Insane asylums Bombay 1873-77 - 1873-1877
Year: 1873
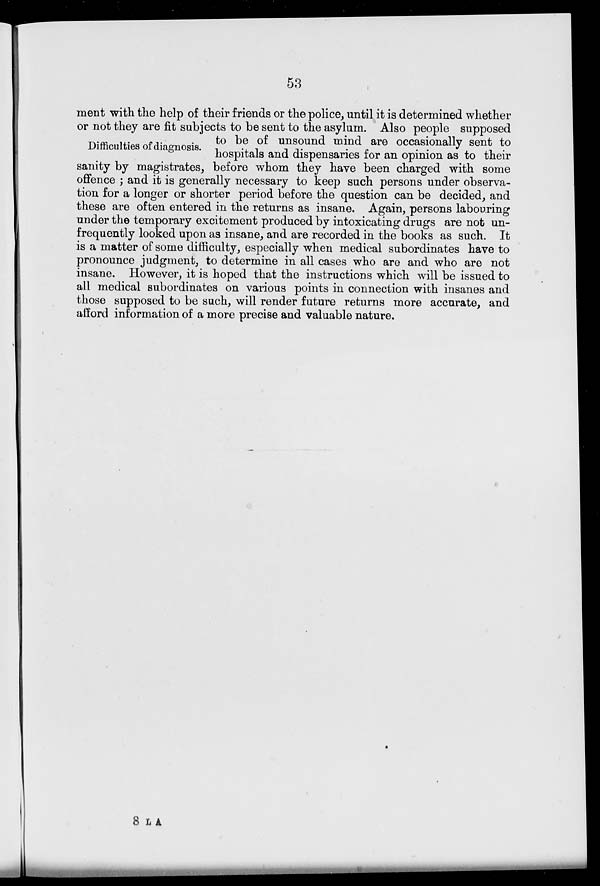
53
Difficulties of diagnosis.
ment with the help of their friends or the police, until it is determined whether
or not they are fit subjects to be sent to the asylum. Also people supposed
to be of unsound mind are occasionally sent to
hospitals and dispensaries for an opinion as to their
sanity by magistrates, before whom they have been charged with some
offence; and it is generally necessary to keep such persons under observa-
tion for a longer or shorter period before the question can be decided, and
these are often entered in the returns as insane. Again, persons labouring
under the temporary excitement produced by intoxicating drugs are not un-
frequently looked upon as insane, and are recorded in the books as such. It
is a matter of some difficulty, especially when medical subordinates have to
pronounce judgment, to determine in all cases who are and who are not
insane. However, it is hoped that the instructions which will be issued to
all medical subordinates on various points in connection with insanes and
those supposed to be such, will render future returns more accurate, and
afford information of a more precise and valuable nature.
8 L A